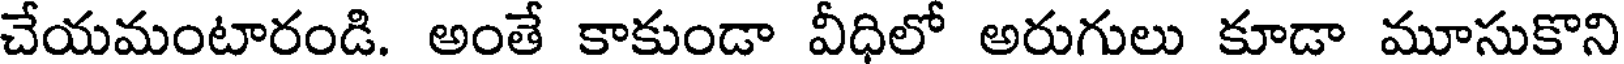
చేయమంటారండి. అంతే కాకుండా వీధిలో అరుగులు కూడా మూసుకొని